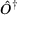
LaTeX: { \hat { O } } ^ { \dagger }